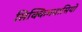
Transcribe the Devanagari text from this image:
सिक्किमवासियों